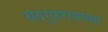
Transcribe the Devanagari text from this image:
सदगुरुरायाच्या